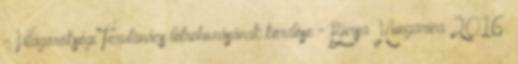
- Világörökségi Tervtanács létrehozásának kérdése - Bursa Hungarica 2016.